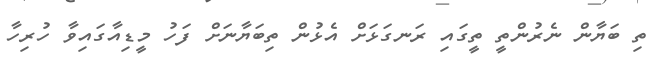
ތި ބަޔާން ނެރުންތީ ތީގައި ރަނގަޅަށް އެޅުން ތިބަޔާނަށް ފަހު މީޑިއާގައިވާ ހުރިހާ